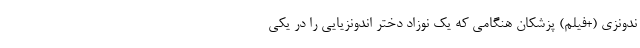
ندونزی (+فیلم) پزشکان هنگامی که یک نوزاد دختر اندونزیایی را در یکی